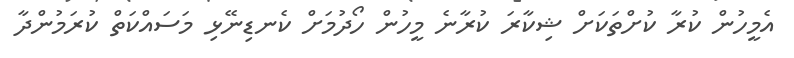
އެމީހުން ކުރާ ކުށްތަކަށް ޝިކާރަ ކުރާނެ މީހުން ހޯދުމަށް ކެނޑިނޭޅި މަސައްކަތް ކުރަމުންދާ